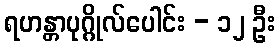
ရဟန္တာပုဂ္ဂိုလ်ပေါင်း - ၁၂ ဦး